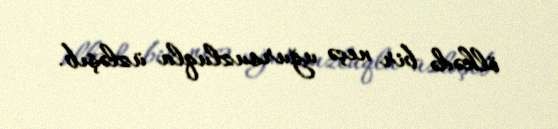
ölkədə bir neçə uğursuzluqla üzləşıb.